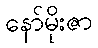
နော်မိုးဇာ